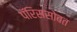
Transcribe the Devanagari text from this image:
पॅरिससोबत